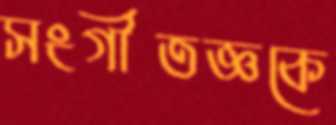
সংগীতজ্ঞকে